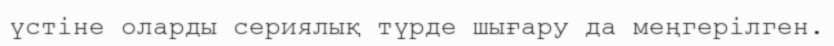
үстіне оларды сериялық түрде шығару да меңгерілген.